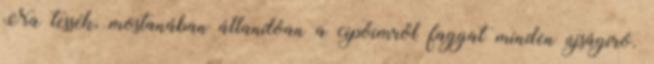
Na tessék, mostanában állandóan a cipőimről faggat minden újságíró.